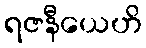
ရဇနီယေဟိ